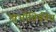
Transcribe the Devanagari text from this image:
खभौतिकीय